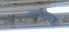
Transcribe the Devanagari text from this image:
स्पर्मीसाइडऔर